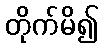
တိုက်မိ၍